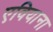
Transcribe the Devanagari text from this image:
एवियाना